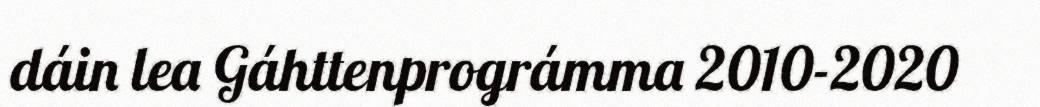
dáin lea Gáhttenprográmma 2010-2020